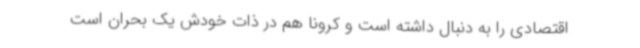
اقتصادی را به دنبال داشته است و کرونا هم در ذات خودش یک بحران است